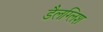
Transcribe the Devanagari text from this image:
डैलग्लिश